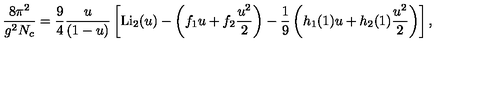
{ \frac { 8 \pi ^ { 2 } } { g ^ { 2 } N _ { c } } } = { \frac { 9 } { 4 } } { \frac { u } { ( 1 - u ) } } \left[ \mathrm { L i } _ { 2 } ( u ) - \left( f _ { 1 } u + f _ { 2 } { \frac { u ^ { 2 } } { 2 } } \right) - { \frac { 1 } { 9 } } \left( h _ { 1 } ( 1 ) u + h _ { 2 } ( 1 ) { \frac { u ^ { 2 } } { 2 } } \right) \right] ,